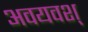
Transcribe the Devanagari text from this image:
अवयवश्